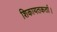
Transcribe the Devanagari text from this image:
शिकायतकर्ता।